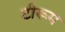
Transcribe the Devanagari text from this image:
टीरूम